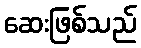
ဆေးဖြစ်သည်